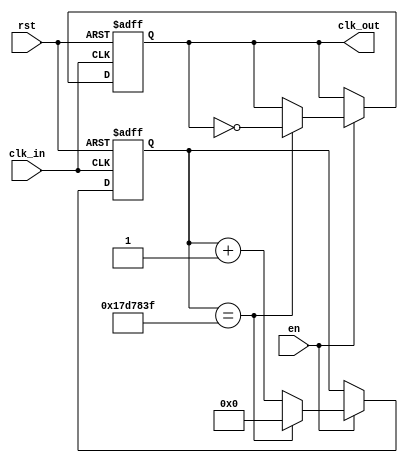
/********************************************************
*Nombre del Modulo: Clock_Divider
*Descripcion:
*	Divisor de frecuencia
*Autor: Jesus Martin Barroso
*Entradas:
*	clk  1hz
*  rst
*  en
*Salidas:
*	clk_out 
*Version: 1.0
*Fecha: 30/09/2020
*Comentarios:
*	Con parametros width == 1 y divisor ==1 clk_out= 0.5(clk_in)hz
*
********************************************************/
 module Clock_Divider
#(
	parameter width = 26, divisor = 25000000
	
)
(
	// Input Ports
	input clk_in,
	input rst,
	input en,
	// Output Ports
	output reg clk_out
);
reg [width-1:0] counter;

always@(posedge clk_in or negedge rst) begin
	if(rst == 1'b0) begin
		clk_out <= 1'b0;
		counter <= {width{1'b0}};
		
	end else begin
		if(en)begin
			if(counter == (divisor-1'b1)) begin
				counter <= {width{1'b0}};
				clk_out <= ~clk_out;
			end else begin
				counter <= counter + 1'b1;
			end
		end
	end
end

endmodule